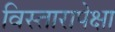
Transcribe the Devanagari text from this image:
विस्तारापेक्षा